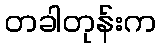
တခါတုန်းက